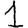
Digit: 1